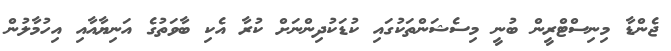
ޖެންޑާ މިނިސްްޓްރީން ބުނީ މިސެޝަންތަކުގައި ކުޑަކުދިންނަށް ކުރާ އެކި ބާވަތުގެ އަނިޔާއާއި އިހުމާލުން